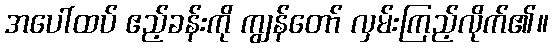
အပေါ်ထပ် ဧည့်ခန်းကို ကျွန်တော် လှမ်းကြည့်လိုက်၏။